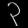
Digit: ၃